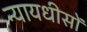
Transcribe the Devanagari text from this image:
न्यायधीसों